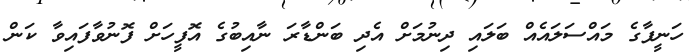
ހަނީފާގެ މައްސަލައެއް ބަލައި ދިނުމަށް އެދި ބަންޑާރަ ނާއިބުގެ އޮފީހަށް ފޮނުވާފައިވާ ކަން